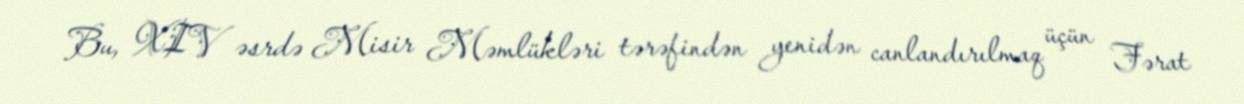
Bu, XIV əsrdə Misir Məmlükləri tərəfindən yenidən canlandırılmaq üçün Fərat